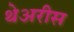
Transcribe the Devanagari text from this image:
थेअरीस